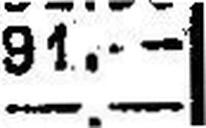
—.—